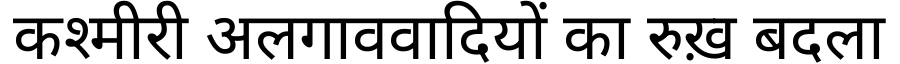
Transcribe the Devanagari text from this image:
कश्मीरी अलगाववादियों का रुख़ बदला